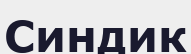
Синдик